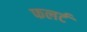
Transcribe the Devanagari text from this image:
फलर्ट